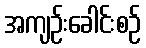
အကျဉ်းခေါင်းစဉ်